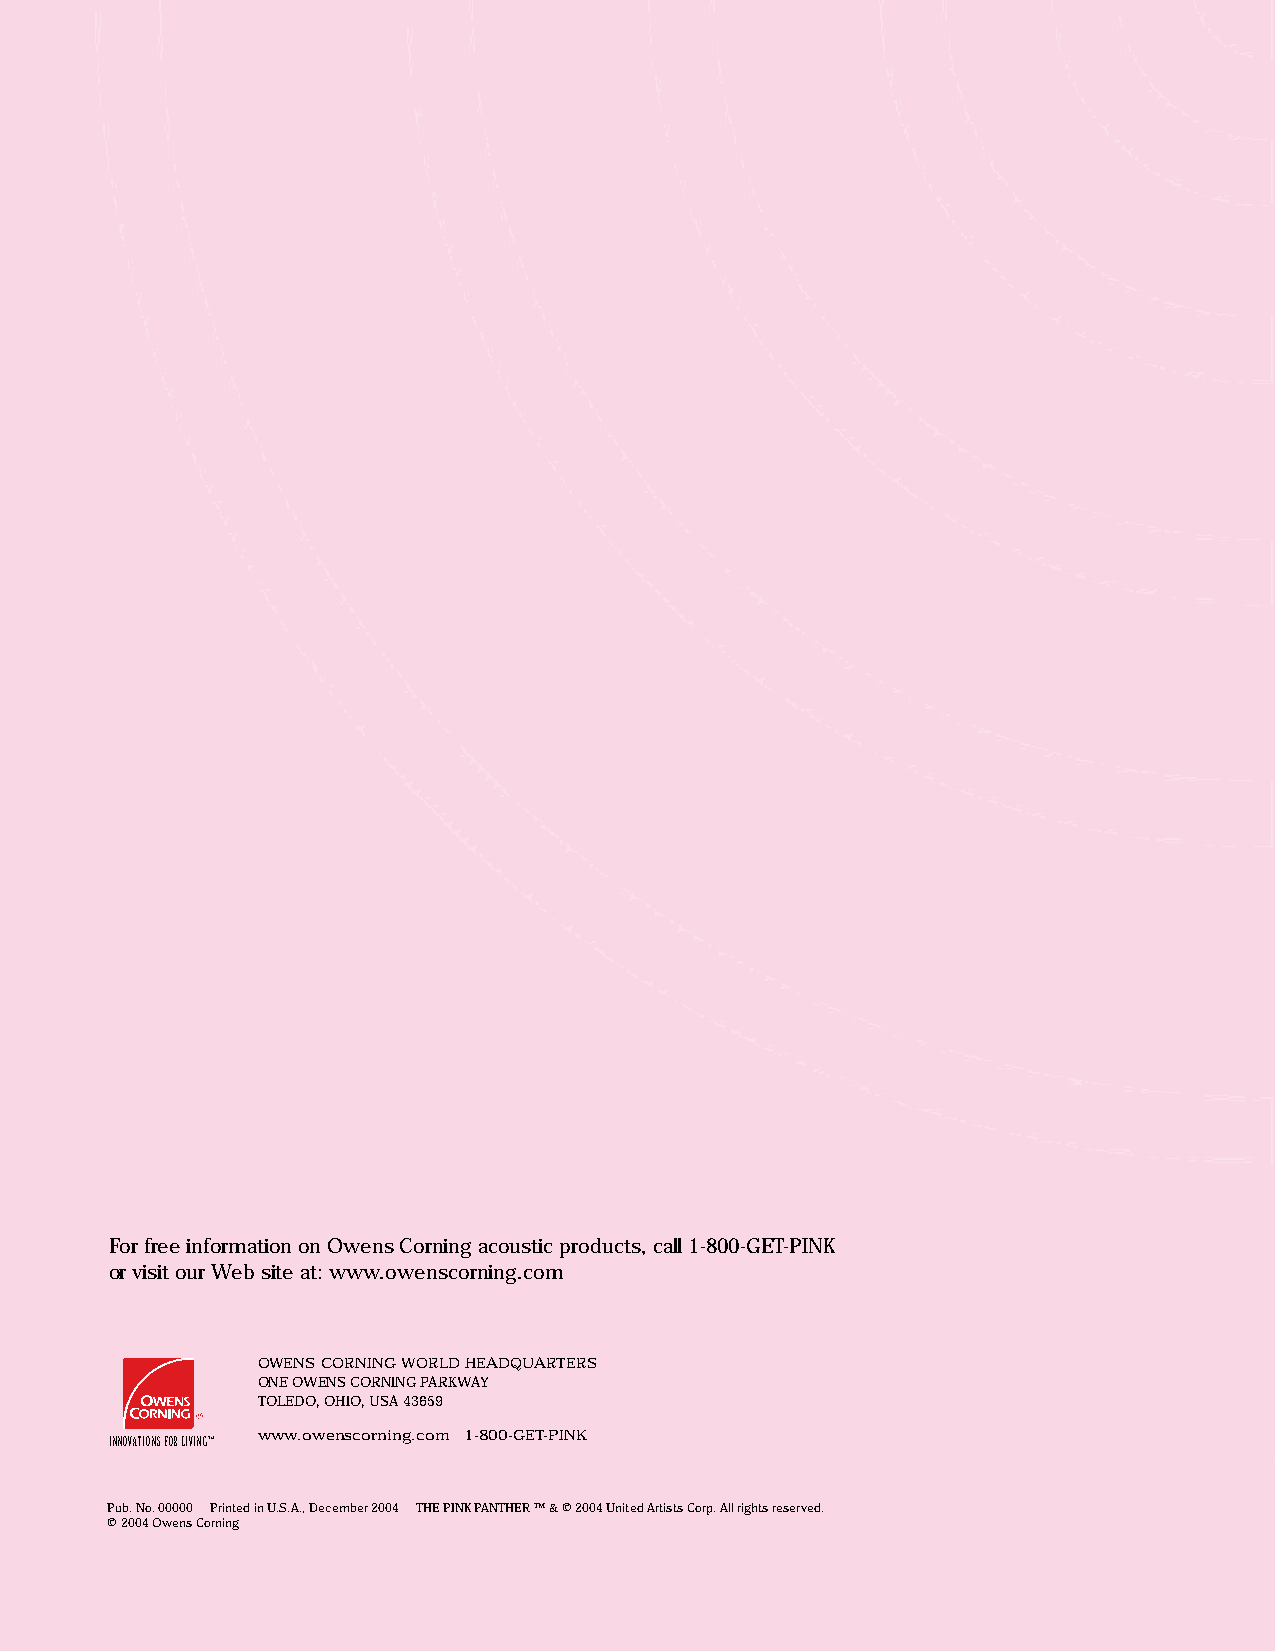
For free information on Owens Corning acoustic products, call 1-800-GET-PINK
 or visit our Web site at: www.owenscorning.com
 OWENS CORNING WORLD HEADQUARTERS
 ONE OWENS CORNING PARKWAY
 TOLEDO, OHIO, USA 43659
 www.owenscorning.com 1-800-GET-PINK
 INNOVATIONS FOR LIVING™
 Pub. No. 00000 Printed in U.S.A., December 2004 THE PINK PANTHER ™ & © 2004 United Artists Corp. All rights reserved.
 © 2004 Owens Corning